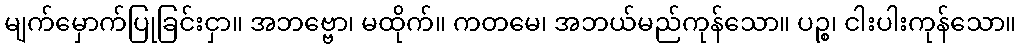
မျက်မှောက်ပြုခြင်းငှာ။ အဘဗ္ဗော၊ မထိုက်။ ကတမေ၊ အဘယ်မည်ကုန်သော။ ပဉ္စ၊ ငါးပါးကုန်သော။